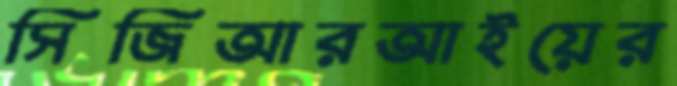
সিজিআরআইয়ের